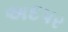
અદપર